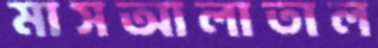
মাসআলাতাল